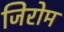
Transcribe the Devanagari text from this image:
जिरोम